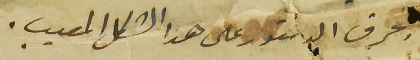
بحرف الدستور على هذا الشكل المعيب.